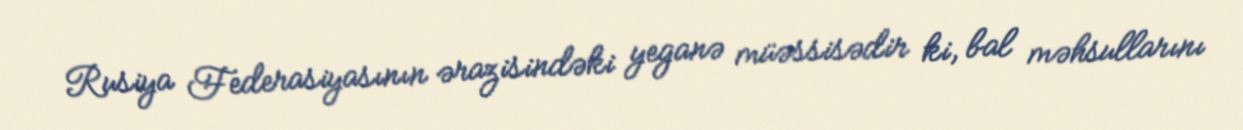
Rusiya Federasiyasının ərazisindəki yeganə müəssisədir ki, bal məhsullarını